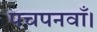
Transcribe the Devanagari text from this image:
पचपनवाँ।